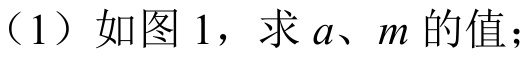
（1）如图 1，求 \(a、m\) 的值；